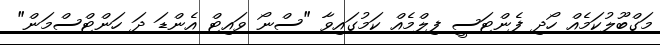
މަގްބޫލުކަމެއް ހޯދި ފެންޓަސީ ފިލްމެއް ކަމުގައިވާ "ސްނޯ ވައިޓް އެންޑަ ދަ ހަންޓްސްމަން"